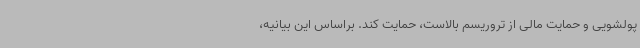
پولشویی و حمایت مالی از تروریسم بالاست، حمایت کند. براساس این بیانیه،